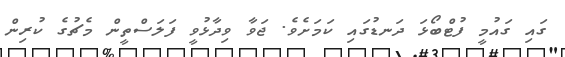
ގައި ގައުމީ ފުޓްބޯޅަ ދަނޑުގައި ކަމަށެވެ. ޖަވާ ވިދާޅުވީ ފަލަސްތީން މެޗުގެ ކުރިން